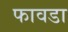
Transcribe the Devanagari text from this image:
फावडा